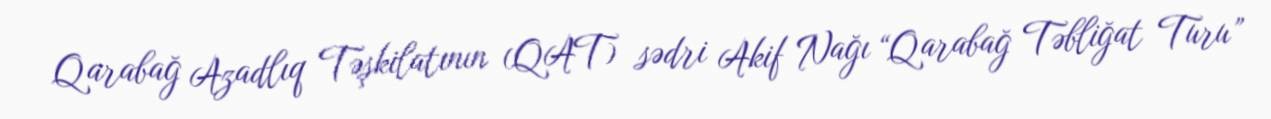
Qarabağ Azadlıq Təşkilatının (QAT) sədri Akif Nağı “Qarabağ Təbliğat Turu”